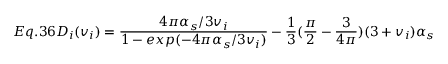
E q . 3 6 { \cal { D } } _ { i } ( v _ { i } ) = \frac { 4 \pi \alpha _ { s } / 3 v _ { i } } { 1 - e x p ( - 4 \pi \alpha _ { s } / 3 v _ { i } ) } - \frac { 1 } { 3 } ( \frac { \pi } { 2 } - \frac { 3 } { 4 \pi } ) ( 3 + v _ { i } ) \alpha _ { s }